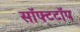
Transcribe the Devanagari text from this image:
सॉफ्टटॉप